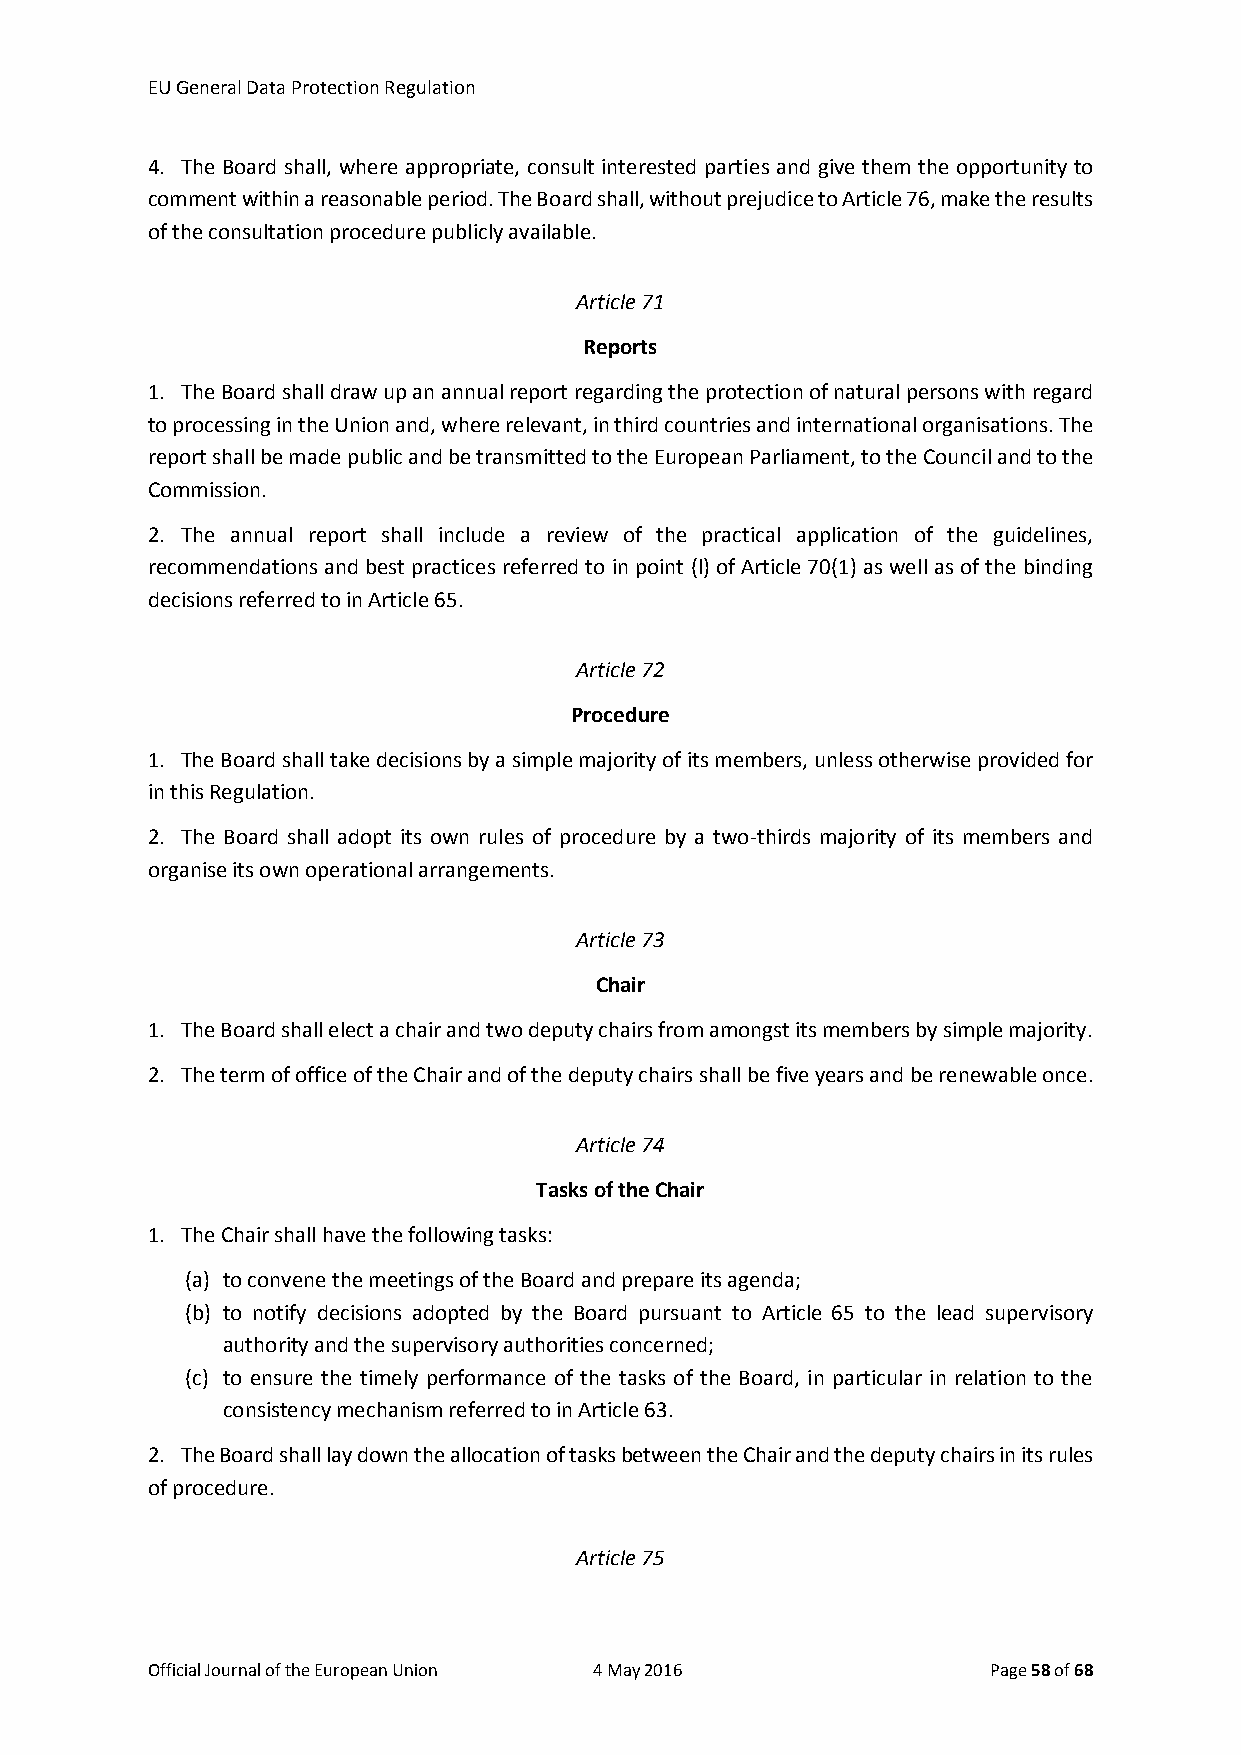
EU General Data Protection Regulation
 4. The Board shall, where appropriate, consult interested parties and give them the opportunity to
 comment within a reasonable period. The Board shall, without prejudice to Article 76, make the results
 of the consultation procedure publicly available.
 Article 71
 Reports
 1. The Board shall draw up an annual report regarding the protection of natural persons with regard
 to processing in the Union and, where relevant, in third countries and international organisations. The
 report shall be made public and be transmitted to the European Parliament, to the Council and to the
 Commission.
 2. The annual report shall include a review of the practical application of the guidelines,
 recommendations and best practices referred to in point (l) of Article 70(1) as well as of the binding
 decisions referred to in Article 65.
 Article 72
 Procedure
 1. The Board shall take decisions by a simple majority of its members, unless otherwise provided for
 in this Regulation.
 2. The Board shall adopt its own rules of procedure by a two-thirds majority of its members and
 organise its own operational arrangements.
 Article 73
 Chair
 1. The Board shall elect a chair and two deputy chairs from amongst its members by simple majority.
 2. The term of office of the Chair and of the deputy chairs shall be five years and be renewable once.
 Article 74
 Tasks of the Chair
 1. The Chair shall have the following tasks:
 (a) to convene the meetings of the Board and prepare its agenda;
 (b) to notify decisions adopted by the Board pursuant to Article 65 to the lead supervisory
 authority and the supervisory authorities concerned;
 (c) to ensure the timely performance of the tasks of the Board, in particular in relation to the
 consistency mechanism referred to in Article 63.
 2. The Board shall lay down the allocation of tasks between the Chair and the deputy chairs in its rules
 of procedure.
 Article 75
 Official Journal of the European Union 4 May 2016       Page 58 of 68